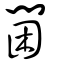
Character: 閫